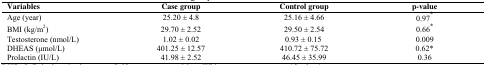
| Variables | Case group | Control group | p-value |
 | --- | --- | --- | --- |
 | Age (year) | 25.20 ±4.8 | 25.16 ±4.66 | 0.97* |
 | BMI (kg/m2) | 29.70 ± 2.52 | 29.50 ± 2.54 | 0.66* |
 | Testosterone (nmol/L) | 1.02 ± 0.02 | 0.93 ± 0.15 | 0.009 |
 | DHEAS (μmol/L) | 401.25 ± 12.57 | 410.72 ± 75.72 | 0.62* |
 | Prolactin (IU/L) | 41.98 ± 2.52 | 46.45 ± 35.99 | 0.36 |